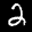
Label: 2